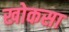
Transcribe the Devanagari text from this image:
खोकसा